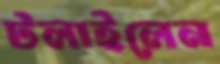
টলাইলেন